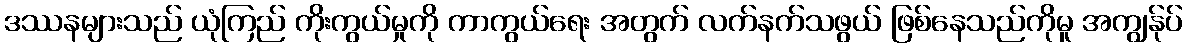
ဒဿနများသည် ယုံကြည် ကိုးကွယ်မှုကို ကာကွယ်ရေး အတွက် လက်နက်သဖွယ် ဖြစ်နေသည်ကိုမူ အကျွန်ုပ်